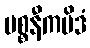
ပစ္စနီကမိဒံ